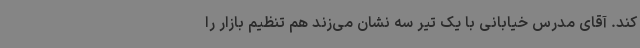
کند. آقای مدرس خیابانی با یک تیر سه نشان می‌زند هم تنظیم بازار را